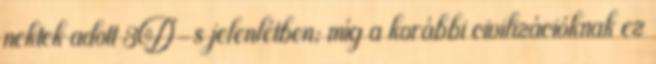
nektek adott 3D-s jelenlétben; míg a korábbi civilizációknak ez